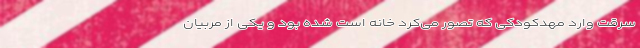
سرقت وارد مهدکودکی که تصور می‌کرد خانه است شده بود و یکی از مربیان